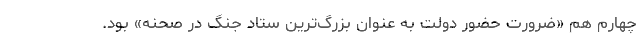
چهارم هم «ضرورت حضور دولت به عنوان بزرگ‌ترین ستاد جنگ در صحنه» بود.